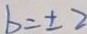
b = \pm 2